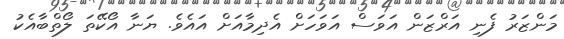
މަންޒަރު ފެނި އަރްޒަން އަވަސް އަވަހަށް އެދިމާއަށް އައެވެ. ޔަނާ އޯކޭތަ ލޯތްބާއެކު